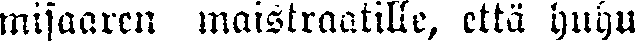
misaaren maistraatille, että huhu